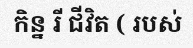
កិន្ន រី ជីវិត ( របស់